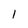
Character: 1